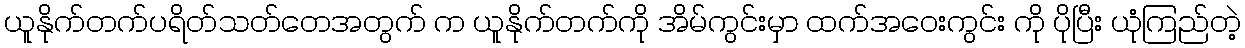
ယူနိုက်တက်ပရိတ်သတ်တေအတွက် က ယူနိုက်တက်ကို အိမ်ကွင်းမှာ ထက်အဝေးကွင်း ကို ပိုပြီး ယုံကြည်တဲ့